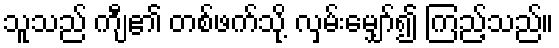
သူသည် ကျီ၏ တစ်ဖက်သို့ လှမ်းမျှော်၍ ကြည့်သည်။